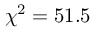
\chi ^ { 2 } = 5 1 . 5